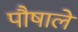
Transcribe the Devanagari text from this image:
पौषाले